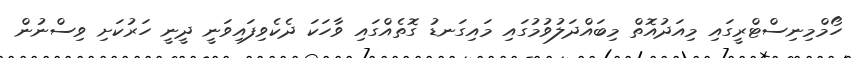
ހޯމްމިނިސްޓްރީގައި މިއަދުއޮތް މިބައްދަލުވުމުގައި މައިގަނޑު ގޮތެއްގައި ވާހަކަ ދެކެވިފައިވަނީ ދީނީ ހަރުކަށި ވިސްނުން